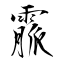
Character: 霢